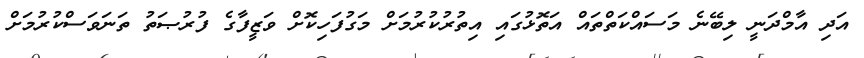
އަދި އާމްދަނީ ލިބޭނެ މަސައްކަތްތައް އަތޮޅުގައި އިތުރުކުރުމަށް މަގުފަހިކޮށް ވަޒީފާގެ ފުރުޞަތު ތަނަވަސްކުރުމަށް